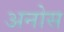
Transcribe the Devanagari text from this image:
अनोस